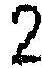
2